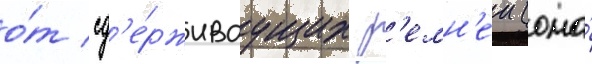
о́т сд'е́рживаущих р'емн'еи (она́